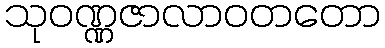
သုဝဏ္ဏဇာလာဝတတော